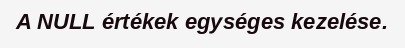
A NULL értékek egységes kezelése.